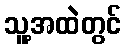
သူ့အထဲတွင်